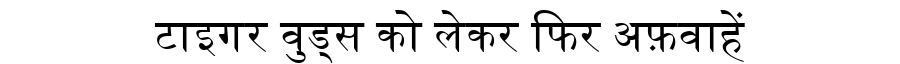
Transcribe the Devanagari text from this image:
टाइगर वुड्स को लेकर फिर अफ़वाहें